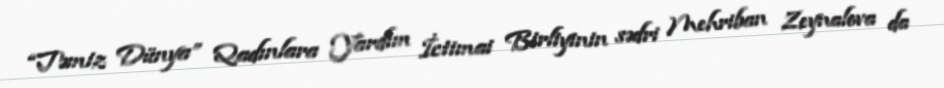
“Təmiz Dünya” Qadınlara Yardım İctimai Birliyinin sədri Mehriban Zeynalova da